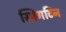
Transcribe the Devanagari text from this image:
स्प्रिंगटिन